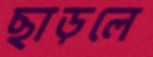
ছাড়লে